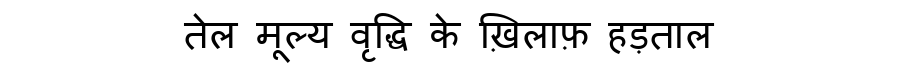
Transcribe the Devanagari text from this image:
तेल मूल्य वृद्धि के ख़िलाफ़ हड़ताल